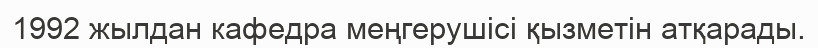
1992 жылдан кафедра меңгерушісі қызметін атқарады.